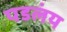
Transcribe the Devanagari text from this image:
पडलंय